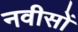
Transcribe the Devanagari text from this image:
नवीसों